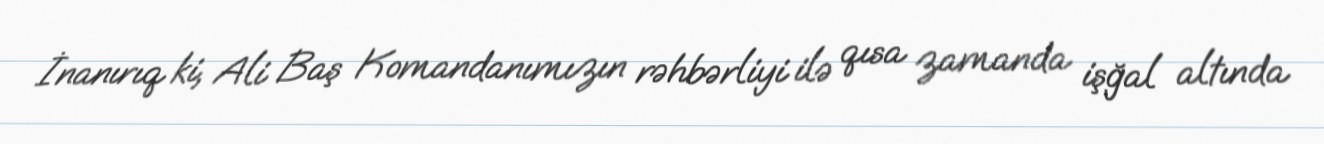
İnanırıq ki, Ali Baş Komandanımızın rəhbərliyi ilə qısa zamanda işğal altında